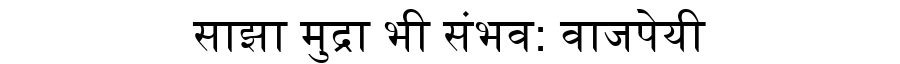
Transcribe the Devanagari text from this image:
साझा मुद्रा भी संभव: वाजपेयी